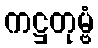
ကဋ္ဌတုမ္ဗံ